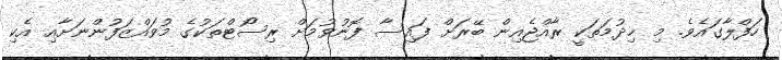
ހަފްލާގައެވެ. މި ޚިދުމަތަކީ ރާއްޖެއިން ބޭރަށް ފައިސާ ފޮނުވުމަށް ރިސޯޓްތަކުގެ މުވައްޒަފުންނަށާއި އެކި